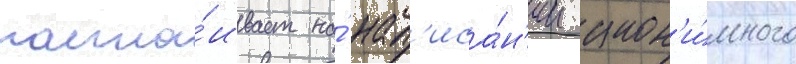
наста́ивает на́ нап'иса́н'ии анон'и́много